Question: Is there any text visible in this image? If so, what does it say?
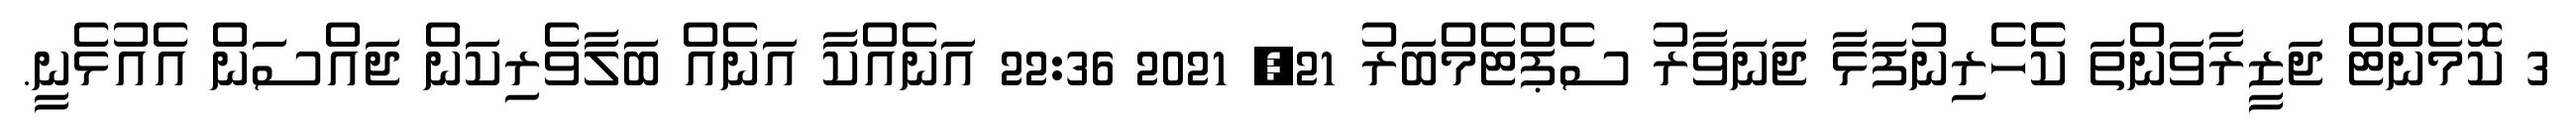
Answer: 3 ކޮމެންޓް ޖަޒީރާވަންތަ ކެެހެރިނުފަޅާ ޖަނަވާރު ސެޕްޓެމްބަރު 21, 2021 22:36 އަނެއްކާ އަނެއް ބަލާވެރިކަން ޖައްސަން އެއުޅެނީ.